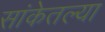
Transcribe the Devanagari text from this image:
सांकेतल्या